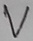
Text: V